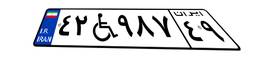
۴۲W۹۸۷۴۹